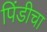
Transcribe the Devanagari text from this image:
पिंडीचा